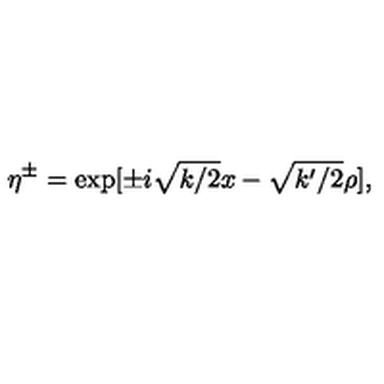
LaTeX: \eta ^ { \pm } = \exp [ \pm i \sqrt { k / 2 } x - \sqrt { k ^ { \prime } / 2 } \rho ] ,